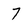
Character: 7